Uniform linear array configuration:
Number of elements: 64
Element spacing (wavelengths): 0.5
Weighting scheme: binomial
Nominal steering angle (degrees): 60
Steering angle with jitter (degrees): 61.861
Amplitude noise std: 0.05
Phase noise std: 0.05

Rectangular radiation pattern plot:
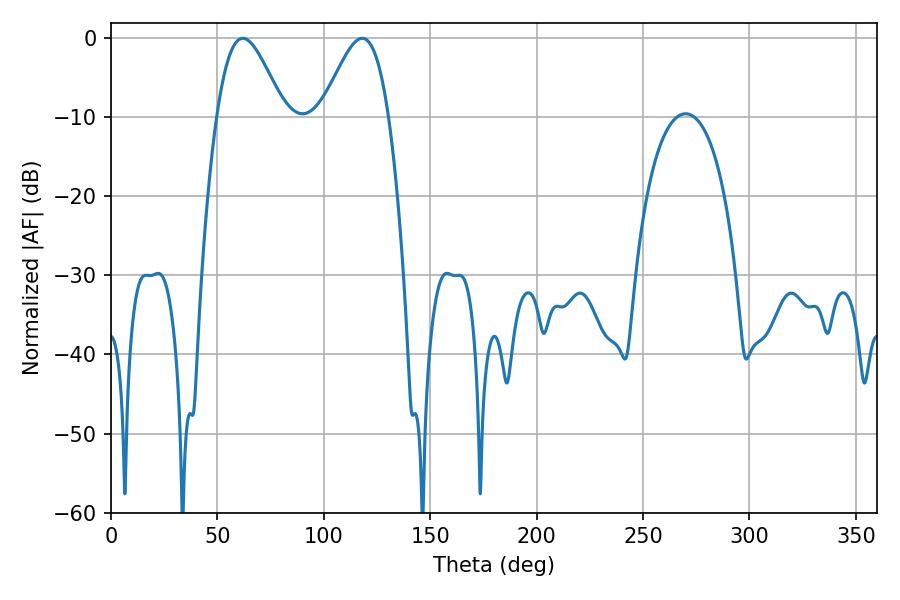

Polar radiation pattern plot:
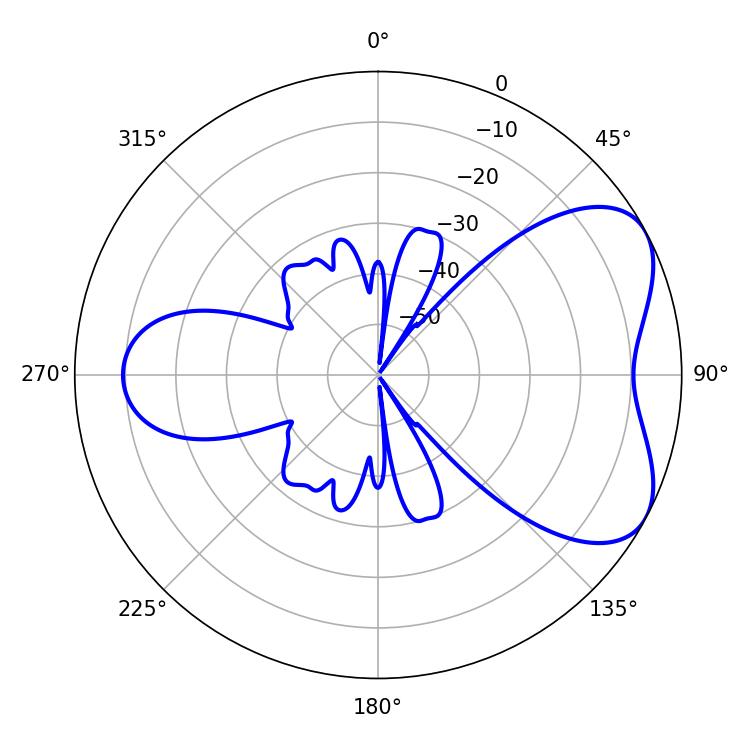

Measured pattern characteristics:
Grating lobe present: FALSE
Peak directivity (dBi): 5.529
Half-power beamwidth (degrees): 16.74
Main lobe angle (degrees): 61.92